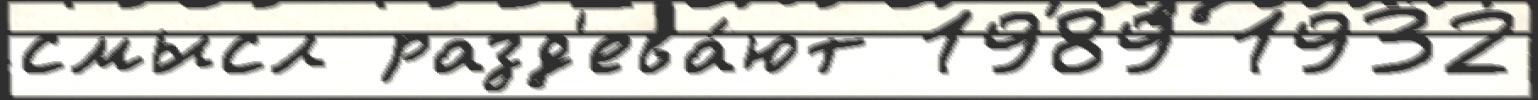
смысл разд'ева́ют 1989 1932